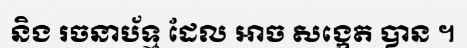
និង រចនាប័ទ្ម ដែល អាច សង្កេត បាន ។